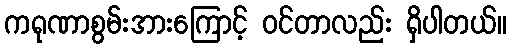
ကရုဏာစွမ်းအားကြောင့် ဝင်တာလည်း ရှိပါတယ်။